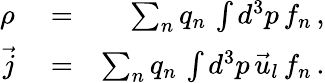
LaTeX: \begin{array}{rlr}{\rho}&{{}=}&{\sum_{n}q_{n}\, \int d^{3}p\, f_{n}\, ,}\\ {\vec{j}}&{{}=}&{\sum_{n}q_{n}\, \int d^{3}p\, \vec{u}_{l}\, f_{n}\, .}\end{array}